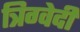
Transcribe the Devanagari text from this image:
त्रिग्वेदी